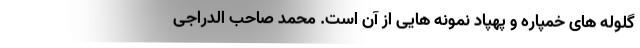
گلوله های خمپاره و پهپاد نمونه هایی از آن است. محمد صاحب الدراجی